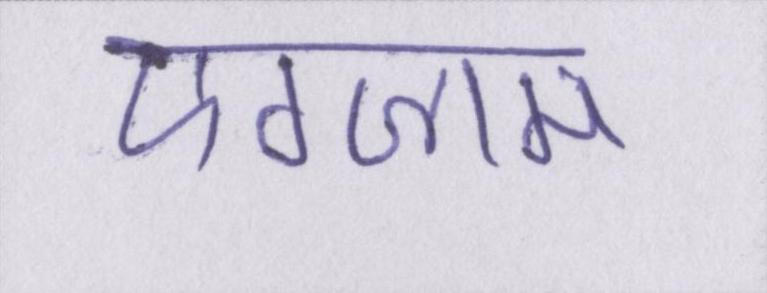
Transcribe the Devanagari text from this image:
एग्जाम